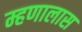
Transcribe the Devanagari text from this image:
म्हणालास